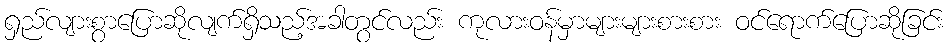
ရှည်လျားစွာပြောဆိုလျက်ရှိသည့်အခါတွင်လည်း ကုလားဝန်မှာများများစားစား ဝင်ရောက်ပြောဆိုခြင်း